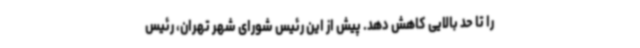
را تا حد بالایی کاهش دهد. پیش‌ از‌ این رئیس شورای شهر تهران، رئیس